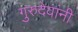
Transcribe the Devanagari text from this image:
गुरुदेवांनी